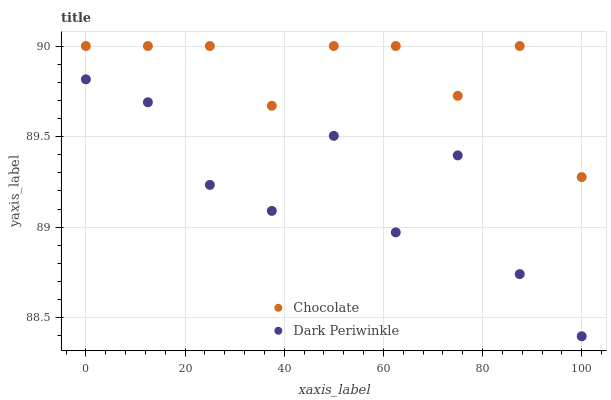
| xaxis_label | Chocolate | Dark Periwinkle |
 | --- | --- | --- |
 | 0 | 90 | 89.8 |
 | 12.5 | 90 | 89.7 |
 | 25 | 90 | 89.2 |
 | 37.5 | 89.7 | 89.1 |
 | 50 | 90 | 89.5 |
 | 62.5 | 90 | 89 |
 | 75 | 89.7 | 89.4 |
 | 87.5 | 90 | 88.7 |
 | 100 | 89.3 | 88.4 |